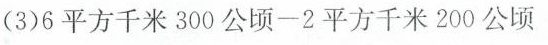
(3)$$6 平 方 千 米 3 0 0 公 顷 - 2 平 方 千 米 2 0 0 公 顷$$